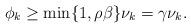
LaTeX: \begin{align*}\phi_k \ge \min \{ 1, \rho \beta \} \nu_k = \gamma \nu_k.\end{align*}